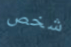
شخص